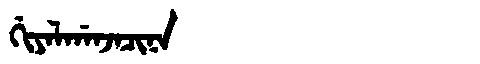
Manchu: ᡤᡳᠶᠠᠯᡤᠠᠨᠵᠠᠴᡳᠨᠠ
Romanization: GIYALGANJACINA